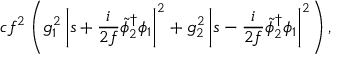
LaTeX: c f ^ { 2 } \left( g _ { 1 } ^ { 2 } \left| s + { \frac { i } { 2 f } } { \tilde { \phi } _ { 2 } } ^ { \dagger } \phi _ { 1 } \right| ^ { 2 } + g _ { 2 } ^ { 2 } \left| s - { \frac { i } { 2 f } } { \tilde { \phi } _ { 2 } } ^ { \dagger } \phi _ { 1 } \right| ^ { 2 } \right) ,